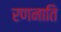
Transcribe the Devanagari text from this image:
रणनाति